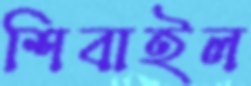
শিবাইল